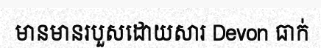
មានមានរបួសដោយសារ Devon ធាក់